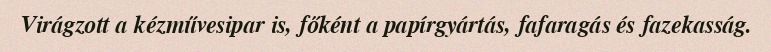
Virágzott a kézművesipar is, főként a papírgyártás, fafaragás és fazekasság.